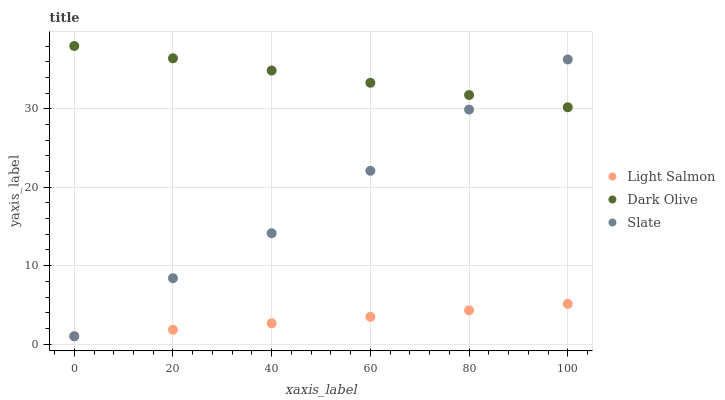
| xaxis_label | Light Salmon | Dark Olive | Slate |
 | --- | --- | --- | --- |
 | 0 | 1 | 38 | 1 |
 | 20 | 1.83 | 36.4 | 8.4 |
 | 40 | 2.65 | 34.9 | 14.1 |
 | 60 | 3.48 | 33.3 | 22.1 |
 | 80 | 4.3 | 31.8 | 29.9 |
 | 100 | 5.13 | 30.2 | 36.3 |